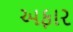
અફાર